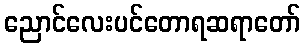
ညောင်လေးပင်တောရဆရာတော်